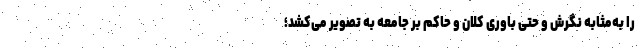
را به‌مثابه نگرش و حتی باوری کلان و حاکم بر جامعه به تصویر می‌کشد؛